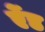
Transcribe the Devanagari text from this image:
र्एेड